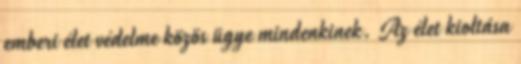
emberi élet védelme közös ügye mindenkinek. Az élet kioltása